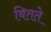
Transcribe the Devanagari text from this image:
बितते